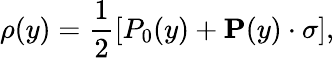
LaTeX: \rho(y)={\frac{1}{2}}[P_{0}(y)+{\mathbf P}(y)\cdot{\mathbf\sigma}],